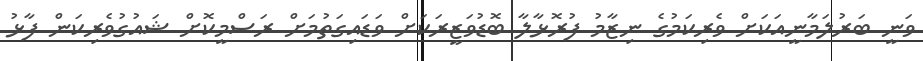
ވަނީ ބަރުލަމާނީއަކަށް ވެރިކަމުގެ ނިޒާމު ފުރޮޅާލާ ބޮޑުވަޒީރަކަށް ވަޑައިގަތުމަށް ރަސްމީކޮށް ޝައުގުވެރިކަން ފާޅު